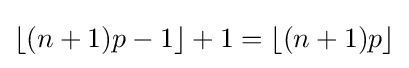
\lfloor (n+1)p-1\rfloor +1=\lfloor (n+1)p\rfloor